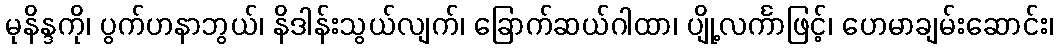
မုနိန္ဒကို၊ ပွက်ဟနာဘွယ်၊ နိဒါန်းသွယ်လျက်၊ ခြောက်ဆယ်ဂါထာ၊ ပျို့လင်္ကာဖြင့်၊ ဟေမာချမ်းဆောင်း၊